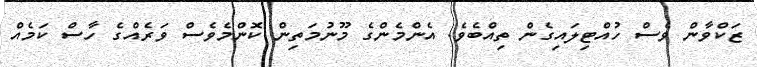
ޒަކްވާން ވެސް ހުއްޓިލައިގެން ތިއްބެވެ. އެންމެންގެ މޫނުމަތިން ކޮންމެވެސް ވަރެއްގެ ހާސް ކަމެއް